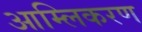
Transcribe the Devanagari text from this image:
आम्लिकरण